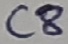
Text: C8